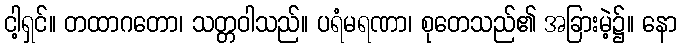
ငါ့ရှင်။ တထာဂတော၊ သတ္တဝါသည်။ ပရံမရဏာ၊ စုတေသည်၏ အခြားမဲ့၌။ နော